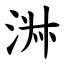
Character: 㳤